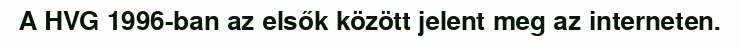
A HVG 1996-ban az elsők között jelent meg az interneten.